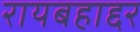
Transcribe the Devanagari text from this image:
रायबहाद्दर